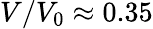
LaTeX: V/V_{0}\approx 0.35